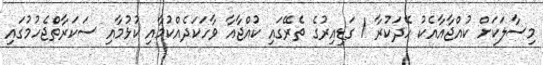
މިސާލަކަށް ކުއްޖާއާއެކު ހޭދަކުރާ 1 ގަޑިއިރުގެ ތެރޭގައި ކުއްޖާއާ ވާހަކަދެއްކުމާއި ކުޅުމާއި ސަކަރާތްޖެހުމުގައި